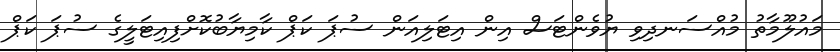
މައުލޫމާތު މުއްސަނދިވި ޔުވެންޓަސް އިން އިޓަލިއަން ސުޕަ ކަޕް ކާމިޔާބުކޮށްފިއިޓަލީގެ ސުޕަ ކަޕް